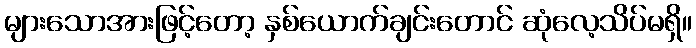
များသောအားဖြင့်တော့ နှစ်ယောက်ချင်းတောင် ဆုံလေ့သိပ်မရှိ။